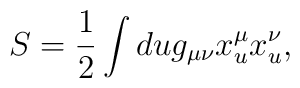
S= \frac{1}{2}\int du g_{\mu\nu}x^\mu_u x^\nu_u, \quad